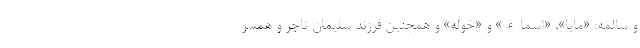
و سالمه: «مايا»، «اسماء» و «خوله» و همچنين فرزند سليمان تاجر و همسر